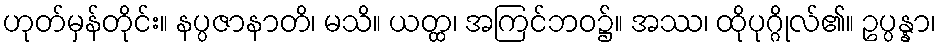
ဟုတ်မှန်တိုင်း။ နပ္ပဇာနာတိ၊ မသိ။ ယတ္ထ၊ အကြင်ဘဝ၌။ အဿ၊ ထိုပုဂ္ဂိုလ်၏။ ဥပ္ပန္နာ၊